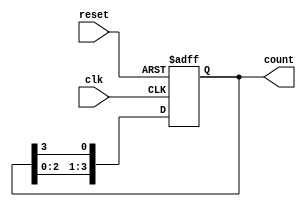
module ring_counter #(
    parameter N = 4  // Number of flip-flops (states)
)(
    input wire clk,   // Clock signal
    input wire reset, // Asynchronous reset signal
    output reg [N-1:0] count // Output of the ring counter
);

// Always block for the ring counter functionality
always @(posedge clk or posedge reset) begin
    if (reset) begin
        // Asynchronous reset: set the first flip-flop to '1' and others to '0'
        count <= 1'b1 << (N-1); // Initialize to 100...000
    end else begin
        // Shift the '1' through the flip-flops
        count <= {count[N-2:0], count[N-1]};
    end
end

endmodule